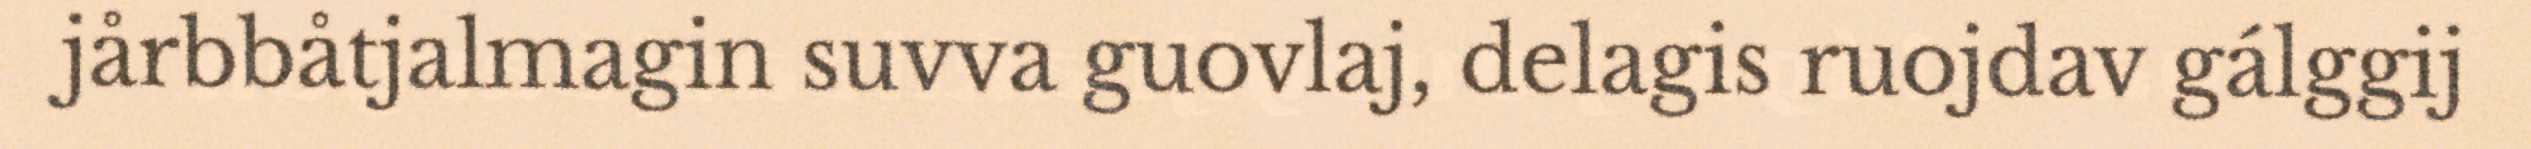
jårbbåtjalmagin suvva guovlaj, delagis ruojdav gálggij